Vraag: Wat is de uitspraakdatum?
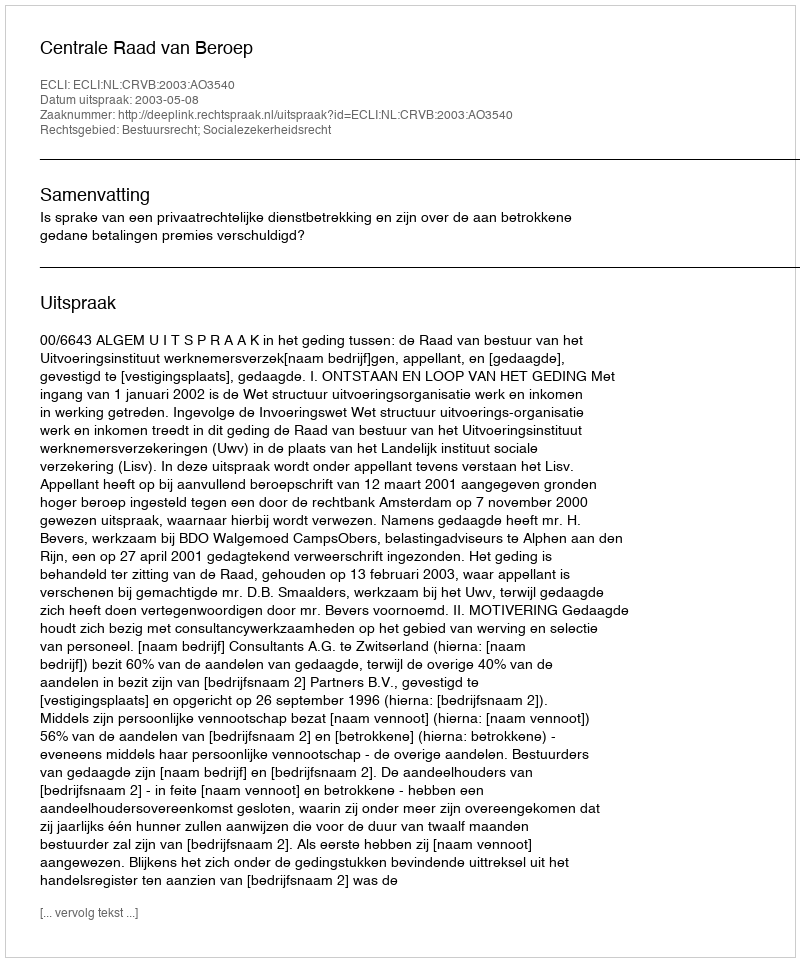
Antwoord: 2003-05-08